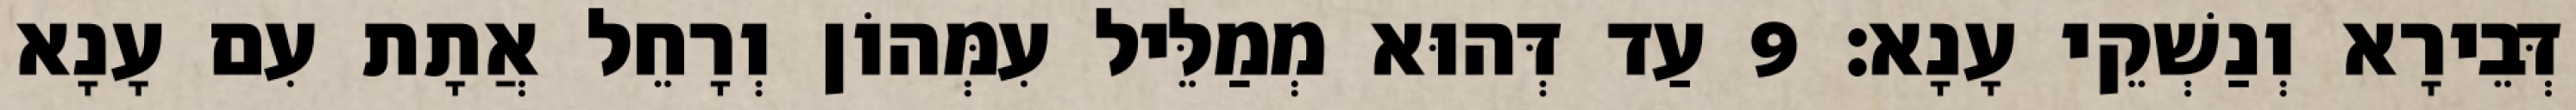
דְּבֵירָא וְנַשְׁקֵי עָנָא׃ 9 עַד דְּהוּא מְמַלֵּיל עִמְּהוֹן וְרָחֵל אֲתָת עִם עָנָא